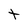
Character: t